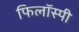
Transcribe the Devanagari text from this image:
फिलॉस्पी